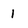
Character: 1